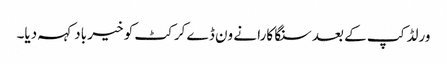
ورلڈ کپ کے بعد سنگا کارا نے ون ڈے کرکٹ کو خیر باد کہہ دیا۔